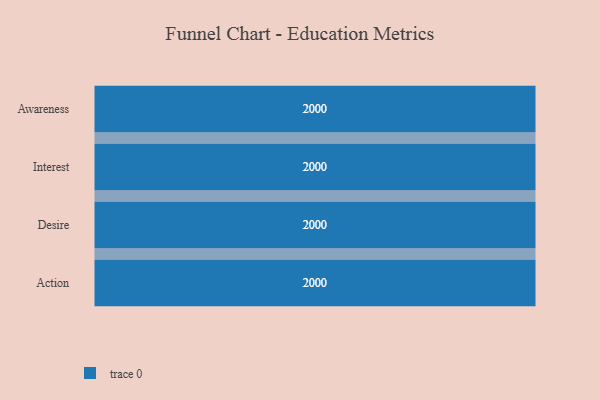
{"axis": {"x": "Stage", "y": "Value"}, "legend": [""], "data": [{"x": "Awareness", "y": 2000, "type": ""}, {"x": "Interest", "y": 2000, "type": ""}, {"x": "Desire", "y": 2000, "type": ""}, {"x": "Action", "y": 2000, "type": ""}]}